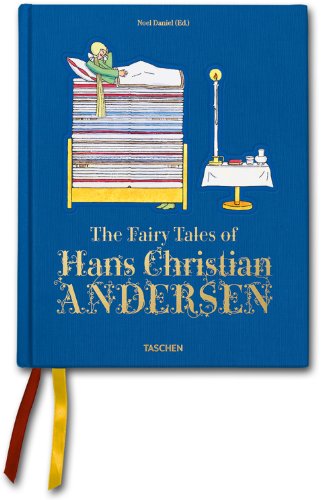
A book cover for The Fairy Tales of Hans Christian Andersen; Hans Christian Andersen; Children's Books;